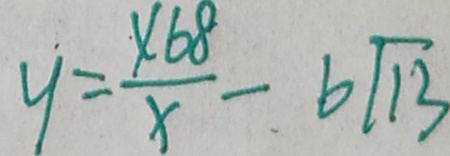
y = \frac { x 6 8 } { x } - 6 \sqrt { 1 3 }